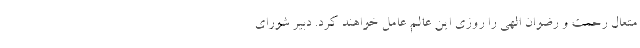
متعال رحمت و رضوان الهی را روزی این عالم عامل خواهند کرد. دبیر شورای